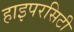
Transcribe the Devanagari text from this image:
हाइपरसिटी